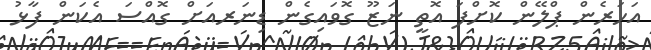
އަހަރެން ޕްލޭން ކޮށްފަ އޮތީ ނަޒޫ ގޮވައިގެން ޑިނަރއަށް ގޮއްސަ އެކަން ފާޅު